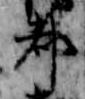
都